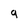
Character: 9